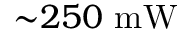
{ \sim } 2 5 0 ~ \mathrm { m W }